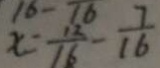
x = \frac { 1 2 } { 1 6 } - \frac { 7 } { 1 6 }